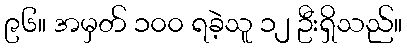
၉၆။ အမှတ် ၁၀၀ ရခဲ့သူ ၁၂ ဦးရှိသည်။